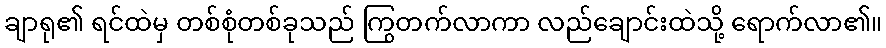
ချာရု၏ ရင်ထဲမှ တစ်စုံတစ်ခုသည် ကြွတက်လာကာ လည်ချောင်းထဲသို့ ရောက်လာ၏။